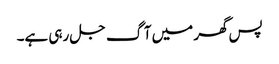
پس گھر میں آگ جل رہی ہے۔